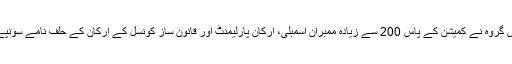
اکھلیش گروہ نے کمیشن کے پاس 200 سے زیادہ ممبران اسمبلی، ارکان پارلیمنٹ اور قانون ساز کونسل کے ارکان کے حلف نامے سونپے ہیں۔